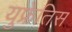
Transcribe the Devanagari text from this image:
युफ्रेतिस